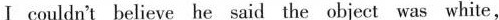
I couldn't believe he said the object was white,